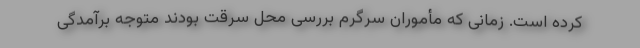
کرده است. زمانی که مأموران سرگرم بررسی محل سرقت بودند متوجه برآمدگی